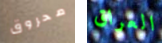
محروق العراق